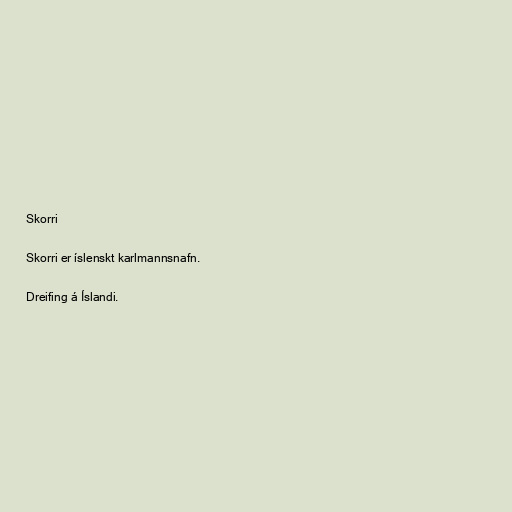
Skorri

Skorri er íslenskt karlmannsnafn.

Dreifing á Íslandi.